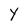
Character: Y